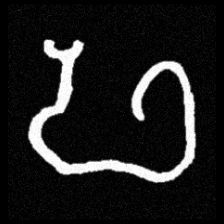
Pyu character \u2014 Myanmar letter: ဖ (romanized: pha)